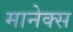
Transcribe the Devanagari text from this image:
मानेक्स